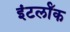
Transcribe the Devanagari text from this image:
इंटर्लॉक